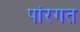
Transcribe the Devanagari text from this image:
पांरगत